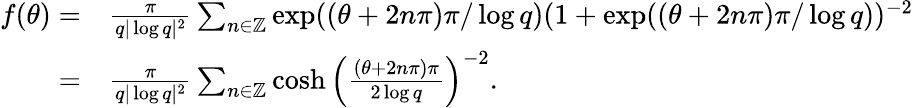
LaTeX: \begin{array}{rl}{f(\theta)=}&{\frac{\pi}{q|\log q|^{2}}\sum_{n\in{\mathbb{Z}}}\exp((\theta+2n\pi)\pi/\log q)(1+\exp((\theta+2n\pi)\pi/\log q))^{-2}}\\ {=}&{\frac{\pi}{q|\log q|^{2}}\sum_{n\in{\mathbb{Z}}}\cosh\left(\frac{(\theta+2n\pi)\pi}{2\log q}\right)^{-2}.}\end{array}